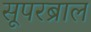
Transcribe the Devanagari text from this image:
सूपरब्राल